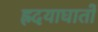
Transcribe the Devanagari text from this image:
ह्रदयाघातों